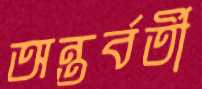
অন্তর্বর্তী